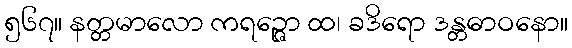
၅၆၇။ နတ္တမာလော ကရဉ္ဇော ထ၊ ခဒိရော ဒန္တဓာဝနော။